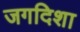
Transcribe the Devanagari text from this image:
जगदिशा